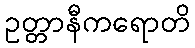
ဥတ္တာနီကရောတိ